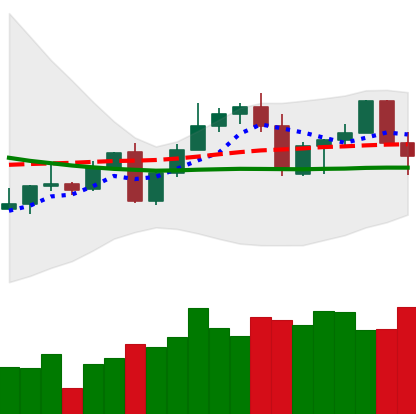
Ticker: LINK-USD
Chart end date: 2022-09-19
Forward return: 4.434%
Label: up_3_5